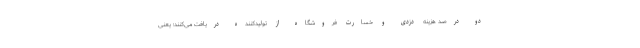
دو درصد هزینه دزدی و خسارت فروشگاه از تولیدکننده دریافت می‌کنند؛ یعنی